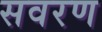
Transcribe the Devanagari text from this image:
सवरण